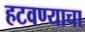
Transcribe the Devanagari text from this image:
हटवण्याचा